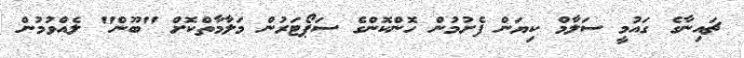
ޗައިނާގެ ގައުމީ ސަލާމް ކިޔަން ފެށުމުން ހޮންކޮންގެ ސަޕޯޓަރުން މަލާމާތްކޮށް "ބޫން" ލެއްވުމުން